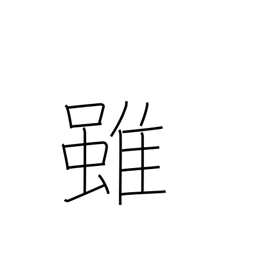
Meaning: although